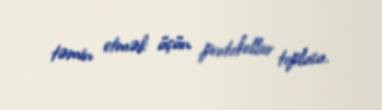
təmin etmək üçün protokollar toplusu.